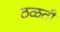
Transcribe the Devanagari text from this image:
ठळती